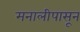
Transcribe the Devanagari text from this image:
मनालीपासून